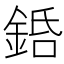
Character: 銽